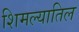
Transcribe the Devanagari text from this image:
शिमल्यातिल